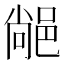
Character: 𨜂